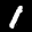
Label: 1